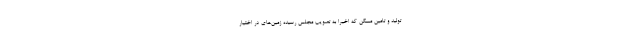
تولید و تامین مسکن که اخیرا به تصویب مجلس رسیده زمین‌های در اختیار